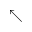
\nwarrow